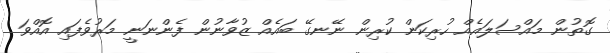
ގޮތުން މައްސަލައެއް ހުރިކަން ކުރިން ނޭނގޭ ބައެއް ޒުވާނުން ފެންނަނީ މަރުވެފައި އޮއްވަ